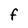
Character: F